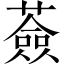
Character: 薟